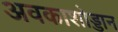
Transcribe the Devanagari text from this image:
अवकाशोड्डान